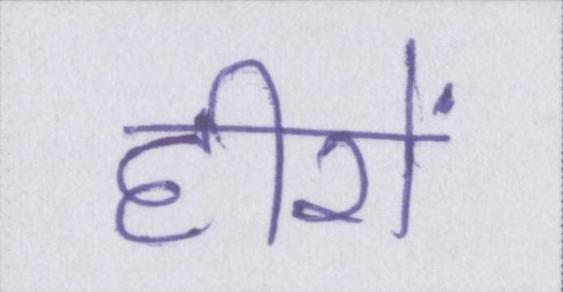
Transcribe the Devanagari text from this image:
हीरों